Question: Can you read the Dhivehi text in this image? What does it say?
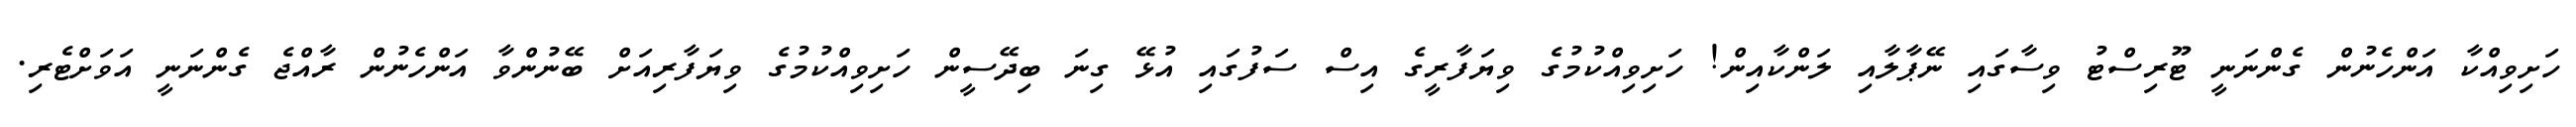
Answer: ހަށިވިއްކާ އަންހެނުން ގެންނަނީ ޓޫރިސްޓު ވިސާގައި ނޭޕާލާއި ލަންކާއިން! ހަށިވިއްކުމުގެ ވިޔަފާރީގެ އިސް ސަފުގައި އުޅޭ ގިނަ ބިދޭސީން ހަށިވިއްކުމުގެ ވިޔަފާރިއަށް ބޭނުންވާ އަންހެނުން ރާއްޖެ ގެންނަނީ އަވަށްޓެރި.